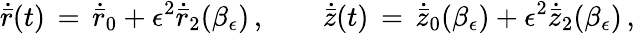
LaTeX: \dot{\bar{r}}(t)\, =\, \dot{\bar{r}}_{0}+\epsilon^{2}\dot{\bar{r}}_{2}(\beta_{\epsilon})\, ,\qquad\dot{\bar{z}}(t)\, =\, \dot{\bar{z}}_{0}(\beta_{\epsilon})+\epsilon^{2}\dot{\bar{z}}_{2}(\beta_{\epsilon})\, ,